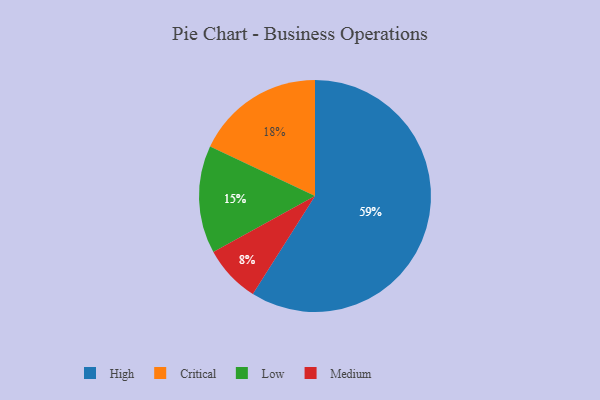
{"axis": {"x": "Category", "y": "Percentage"}, "legend": ["Critical", "High", "Low", "Medium"], "data": [{"x": "Low", "y": 15, "type": "Low"}, {"x": "Critical", "y": 18, "type": "Critical"}, {"x": "Medium", "y": 8, "type": "Medium"}, {"x": "High", "y": 59, "type": "High"}]}